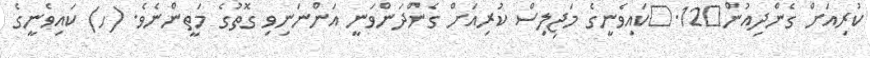
ކުރިއަށް ގެންދިއުން	12.	ކައިވެނީގެ މަޖިލިސް ކުރިއަށް ގެންދަންވަނީ އަންނަނިވި ގޮތުގެ މަތީންނެވެ. (ހ) ކައިވެނީގެ